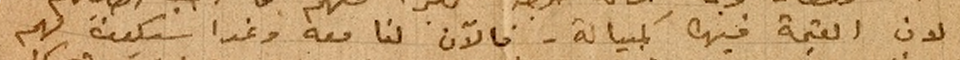
لان القيمة فيها كمبيالة – فاللآن لنا معه وغدا سيكونَ لهم